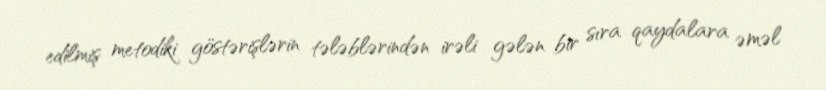
edilmiş metodiki göstərişlərin tələblərindən irəli gələn bir sıra qaydalara əməl